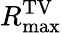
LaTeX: R_{\operatorname*{max}}^{\mathrm{TV}}